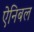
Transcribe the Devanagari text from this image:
ऐनिबल